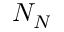
N _ { N }